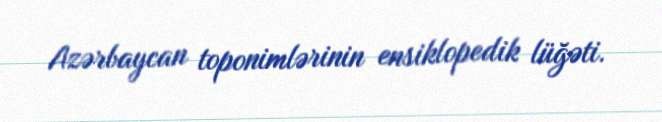
Azərbaycan toponimlərinin ensiklopedik lüğəti.